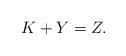
LaTeX: \begin{align*} K + Y = Z .\end{align*}